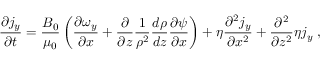
\frac { \partial j _ { y } } { \partial t } = \frac { B _ { 0 } } { \mu _ { 0 } } \left( \frac { \partial \omega _ { y } } { \partial x } + \frac { \partial } { \partial z } \frac { 1 } { \rho ^ { 2 } } \frac { d \rho } { d z } \frac { \partial \psi } { \partial x } \right) + \eta \frac { \partial ^ { 2 } j _ { y } } { \partial x ^ { 2 } } + \frac { \partial ^ { 2 } } { \partial z ^ { 2 } } \eta j _ { y } \; ,